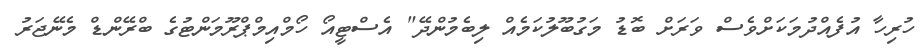
ހުރިހާ އުފެއްދުމަކަށްވެސް ވަރަށް ބޮޑު މަގުބޫލުކަމެއް ލިބެމުންދޭ" އެސްޓީއޯ ހޯމްއިމްޕްރޫމަންޓުގެ ބްރޭންޑް މެނޭޖަރު